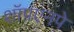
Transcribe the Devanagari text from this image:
शॉपएनपे